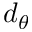
d _ { \theta }